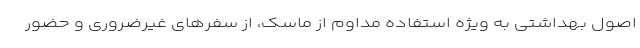
اصول بهداشتی به ویژه استفاده مداوم از ماسک، از سفرهای غیرضروری و حضور